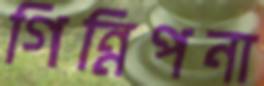
গিন্নিপনা